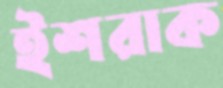
ইশরাক